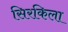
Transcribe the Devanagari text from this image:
सिरकिला